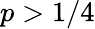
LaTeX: p>1/4